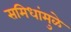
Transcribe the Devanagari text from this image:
समिधांमुळे